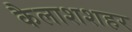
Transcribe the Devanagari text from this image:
कैलाशशहर